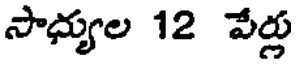
సాధ్యుల 12 వేర్లు